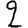
Digit: 2